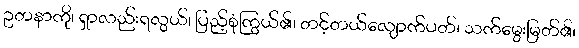
ဥတနာကို၊ ရှာလည်းရလွယ်၊ ပြည့်စုံကြွယ်၏၊ တင့်တယ်လျောက်ပတ်၊ သက်မွေးမြတ်၏၊